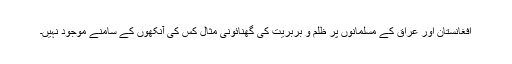
افغانستان اور عراق کے مسلمانوں پر ظلم و بربریت کی گھنائونی مثال کس کی آنکھوں کے سامنے موجود نہیں۔